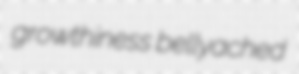
growthiness bellyached